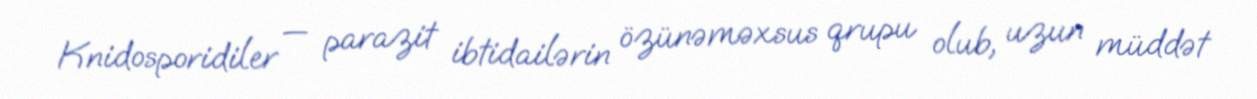
Knidosporidiler — parazit ibtidailərin özünəməxsus qrupu olub, uzun müddət